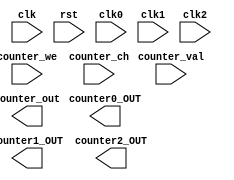
`timescale 1ns / 1ps

module Counter_x(input clk,	// io_clk
		input rst,
		input clk0,	// clk_div[7] U8
		input clk1,	// clk_div[10] U8
		input clk2,	// clk_div[10] U8
		input counter_we,	//  U4
		input [31:0] counter_val,	//  U4
		input [1:0] counter_ch,	//  U7
		output counter0_OUT,	//  U4
		output counter1_OUT,	//  U4
		output counter2_OUT,	//  U4
		output [31:0] counter_out	//  U4
	);
endmodule